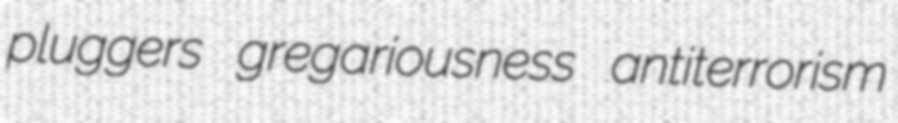
pluggers gregariousness antiterrorism